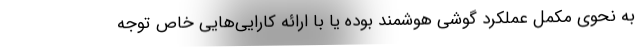
به نحوی مکمل عملکرد گوشی هوشمند بوده یا با ارائه کارایی‌هایی خاص توجه